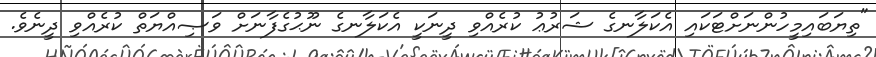
"ތިޔަބައިމީހުންނަށްޓަކައި އެކަލާނގެ ޝަރުޢު ކުރެއްވި ދީނަކީ އެކަލާނގެ ނޫޙުގެފާނަށް ވަޞިއްޔަތް ކުރެއްވި ދީނެވެ.